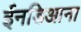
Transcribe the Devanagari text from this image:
ईनडिआना